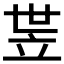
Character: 𬔛